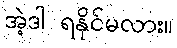
အဲ့ဒါ ရနိုင်မလား။